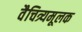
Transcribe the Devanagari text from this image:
वैचित्र्यमूलक